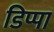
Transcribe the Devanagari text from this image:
डिप्पा